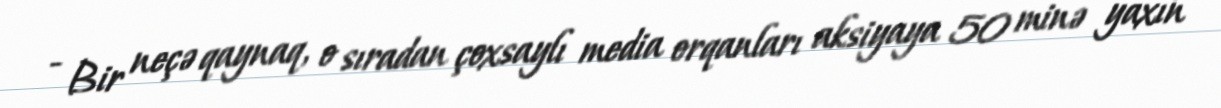
- Bir neçə qaynaq, o sıradan çoxsaylı media orqanları aksiyaya 50 minə yaxın